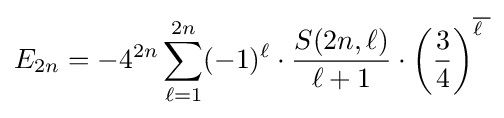
E_{2n}=-4^{2n}\sum _{\ell =1}^{2n}(-1)^{\ell }\cdot {\frac {S(2n,\ell )}{\ell +1}}\cdot \left({\frac {3}{4}}\right)^{\overline {\ell {\phantom {.}}}}